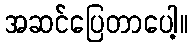
အဆင်ပြေတာပေါ့။